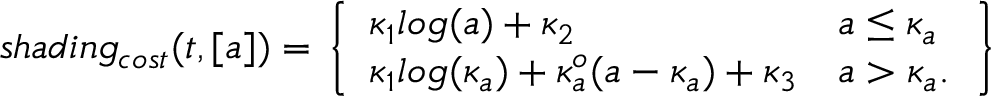
s h a d i n g _ { c o s t } ( t , [ a ] ) = \left. \left\{ \begin{array} { l l } { \kappa _ { 1 } l o g ( a ) + \kappa _ { 2 } } & { a \leq \kappa _ { a } } \\ { \kappa _ { 1 } l o g ( \kappa _ { a } ) + \kappa _ { a } ^ { o } ( a - \kappa _ { a } ) + \kappa _ { 3 } } & { a > \kappa _ { a } . } \end{array} \right. \right\}